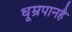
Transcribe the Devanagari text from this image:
धूम्रपानहै